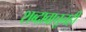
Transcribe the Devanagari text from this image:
शब्दावाचूनही